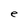
Character: e